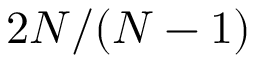
2 N / ( N - 1 )